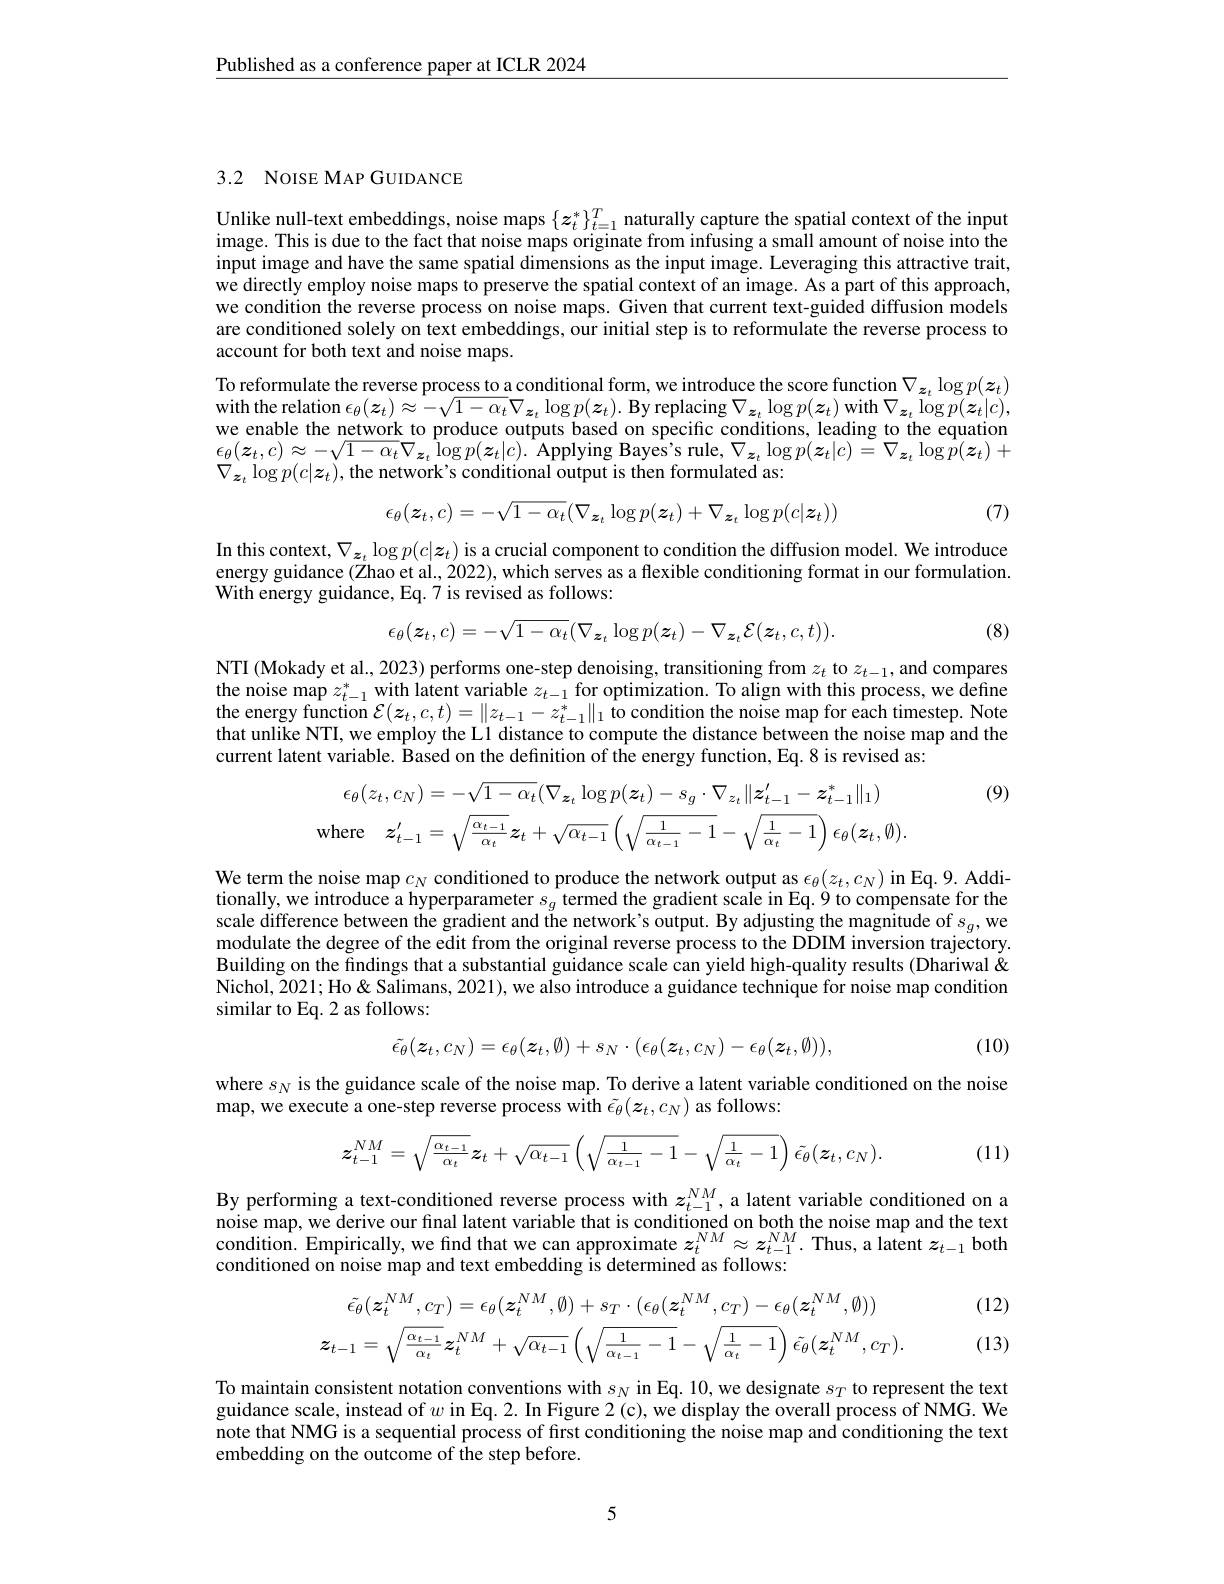
$\underline{\text{Published as a conference paper at ICLR 2024}}$

## 3.2 NOISE MAP GUIDANCE

Unlike null-text embeddings, noise maps $\{z_t^*\}_{t=1}^T$ naturally capture the spatial context of the input image. This is due to the fact that noise maps originate from infusing a small amount of noise into the input image and have the same spatial dimensions as the input image. Leveraging this attractive trait, we directly employ noise maps to preserve the spatial context of an image. As a part of this approach, we condition the reverse process on noise maps. Given that current text-guided diffusion models are conditioned solely on text embeddings, our initial step is to reformulate the reverse process to account for both text and noise maps.
To reformulate the reverse process to a conditional form, we introduce the score function $\nabla_{\boldsymbol{z}_t}\log p(\boldsymbol{z}_t)$ with the relation $\epsilon_\theta(\boldsymbol z_t)\approx-\sqrt{1-\alpha_t}\nabla_{\boldsymbol{z}_t}\log p(\boldsymbol z_t).$ By replacing $\nabla_\boldsymbol z_t\log p(\boldsymbol z_t)$ with $\nabla_\boldsymbol z_t\log p(\boldsymbol z_t|c)$, we enable the network to produce outputs based on specific conditions, leading to the equation $\begin{array}{l}{\epsilon_{\theta}(z_{t},c)\approx-\sqrt{1-\alpha_{t}}\nabla_{\boldsymbol{z}_{t}}\operatorname{log}p(\boldsymbol{z}_{t}|c).\operatorname{Applying~Bayes's~rule,~}\nabla_{\boldsymbol{z}_{t}}\operatorname{log}p(\boldsymbol{z}_{t}|c)=\tilde{\nabla}_{\boldsymbol{z}_{t}}\operatorname{log}\hat{p}(\boldsymbol{z}_{t})+\\{\nabla_{t}}\left(-\frac{1}{1}\right)^{1}\left(-\frac{1}{1}\right)^{1}\left(-\frac{1}{1}\right)^{1}\left(-\frac{1}{1}\right)^{1}\left(-\frac{1}{1}\right)^{1}\left(-\frac{1}{$ $\nabla_{\boldsymbol{z}_{t}}\log p(c|\boldsymbol{z}_{t})$,the network's conditional output is then formulated as:
$$\epsilon_\theta(\boldsymbol{z}_t,c)=-\sqrt{1-\alpha_t}(\nabla_{\boldsymbol{z}_t}\log p(\boldsymbol{z}_t)+\nabla_{\boldsymbol{z}_t}\log p(c|\boldsymbol{z}_t))$$
(7)

In this context, $\nabla_{\boldsymbol{z}_t}\log p(c|\boldsymbol{z}_t)$ is a crucial component to condition the diffusion model. We introduce energy guidance (Zhao et al., 2022), which serves as a flexible conditioning format in our formulation. With energy guidance, Eq. 7 is revised as follows:
$$\epsilon_{\theta}(\boldsymbol{z}_{t},c)=-\sqrt{1-\alpha_{t}}(\nabla_{\boldsymbol{z}_{t}}\log p(\boldsymbol{z}_{t})-\nabla_{\boldsymbol{z}_{t}}\mathcal{E}(\boldsymbol{z}_{t},c,t)).$$
(8)

NTI (Mokady et al., 2023) performs one-step denoising, transitioning from $z_t$ to $z_t-1$, and compares the noise map $z_t-1^*$ with latent variable $z_t-1$ for optimization. To align with this process, we define the energy function $\mathcal{E} ( z_t, c, t) = \| z_{t- 1}- z_{t- 1}^* \| _1\hat{\text{to condition the noise map for each timestep. Note}}$ that unlike NTI, we employ the Ll distance to compute the distance between the noise map and the current latent variable. Based on the definition of the energy function, Eq. 8 is revised as:

(9)
$$\begin{aligned}\epsilon_{\theta}(z_{t},c_{N})&=-\sqrt{1-\alpha_{t}}(\nabla_{\boldsymbol{z}_{t}}\log p(\boldsymbol{z}_{t})-s_{g}\cdot\nabla_{z_{t}}\|\boldsymbol{z}_{t-1}^{\prime}-\boldsymbol{z}_{t-1}^{*}\|_{1})\\\mathrm{where}\quad z_{t-1}^{\prime}&=\sqrt{\frac{\alpha_{t-1}}{\alpha_{t}}}z_{t}+\sqrt{\alpha_{t-1}}\left(\sqrt{\frac{1}{\alpha_{t-1}}-1}-\sqrt{\frac{1}{\alpha_{t}}-1}\right)\epsilon_{\theta}(\boldsymbol{z}_{t},\emptyset).\end{aligned}$$
We term the noise map $c_N$ conditioned to produce the network output as $\epsilon_\theta(z_t,c_N)$ in Eq. 9. Additionally, we introduce a hyperparameter $s_g$ termed the gradient scale in Eq. 9 to compensâte for the scale difference between the gradient and the network's output. By adjusting the magnitude of $s_g$,we modulate the degree of the edit from the original reverse process to the DDIM inversion trajectory. Building on the findings that a substantial guidance scale can yield high-quality results (Dhariwal & Nichol, 2021; Ho & Salimans, 2021), we also introduce a guidance technique for noise map condition similar to Eq. 2 as follows:
$$\tilde{\epsilon}_{\theta}(\boldsymbol{z}_{t},c_{N})=\epsilon_{\theta}(\boldsymbol{z}_{t},\emptyset)+s_{N}\cdot(\epsilon_{\theta}(\boldsymbol{z}_{t},c_{N})-\epsilon_{\theta}(\boldsymbol{z}_{t},\emptyset)),$$
(10)

where $s_N$ is the guidance scale of the noise map. To derive a latent variable conditioned on the noise
map, we execute a one-step reverse process with $\tilde{\epsilon}_\theta(\boldsymbol{z}_t,c_N)$ as follows:
$$\boldsymbol{z}_{t-1}^{NM}=\sqrt{\frac{\alpha_{t-1}}{\alpha_t}}\boldsymbol{z}_t+\sqrt{\alpha_{t-1}}\left(\sqrt{\frac{1}{\alpha_{t-1}}-1}-\sqrt{\frac{1}{\alpha_t}-1}\right)\tilde{\epsilon}_\theta(\boldsymbol{z}_t,c_N).$$
(11)

By performing a text-conditioned reverse process with $z_{t-1}^{NM}$,a latent variable conditioned on a noise map, we derive our final latent variable that is conditioned on both the noise map and the text condition. Empirically, we fınd that we can approximate $z_t^{NM}\approx z_{t-1}^{NM}.$ Thus, a latent $z_t-1$ both conditioned on noise map and text embedding is determined as follows:

(12)

(13)
$$\tilde{\epsilon}_{\theta}(\boldsymbol{z}_{t}^{NM},c_{T})=\epsilon_{\theta}(\boldsymbol{z}_{t}^{NM},\emptyset)+s_{T}\cdot(\epsilon_{\theta}(\boldsymbol{z}_{t}^{NM},c_{T})-\epsilon_{\theta}(\boldsymbol{z}_{t}^{NM},\emptyset))\\z_{t-1}=\sqrt{\frac{\alpha_{t-1}}{\alpha_{t}}}z_{t}^{NM}+\sqrt{\alpha_{t-1}}\left(\sqrt{\frac{1}{\alpha_{t-1}}-1}-\sqrt{\frac{1}{\alpha_{t}}-1}\right)\tilde{\epsilon_{\theta}}(\boldsymbol{z}_{t}^{NM},c_{T}).$$
To maintain consistent notation conventions with $s_N$ in Eq. 10,we designate $s_T$ to represent the text guidance scale, instead of $w$ in Eq. 2. In Figure 2(c), we display the overall process of NMG. We note that NMG is a sequential process of first conditioning the noise map and conditioning the text embedding on the outcome of the step before.

5